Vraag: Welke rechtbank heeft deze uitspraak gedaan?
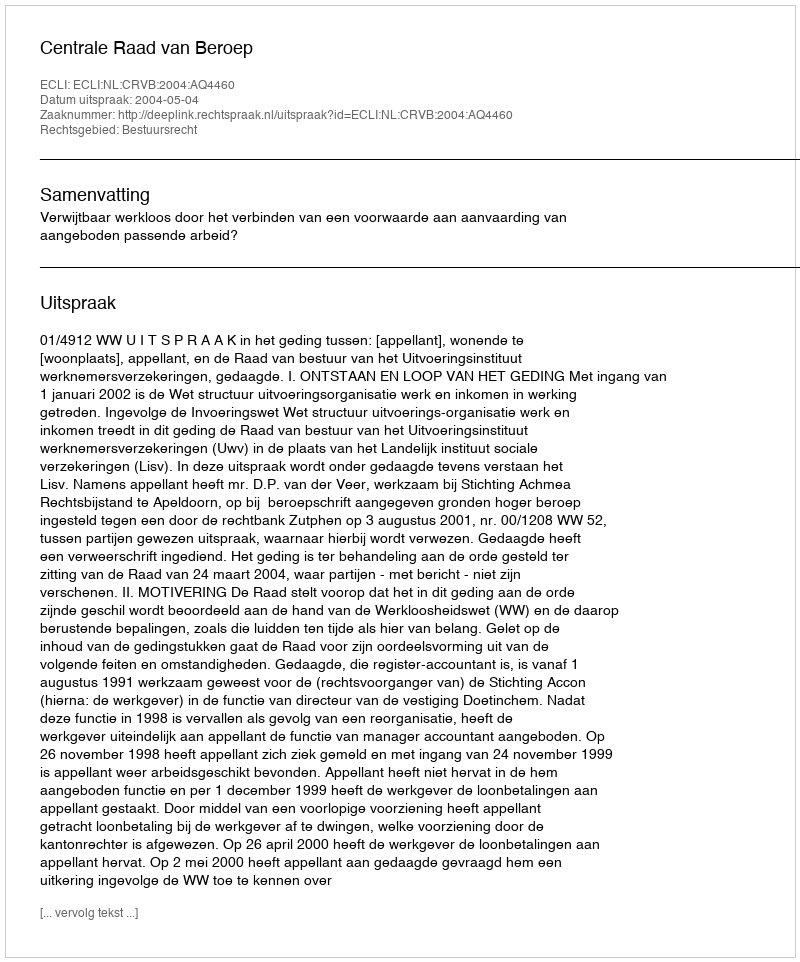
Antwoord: Centrale Raad van Beroep